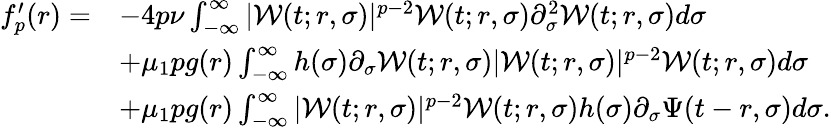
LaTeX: \begin{array}{rl}{f_{p}^{\prime}(r)=}&{-4p\nu\int_{-\infty}^{\infty}|\mathcal{W}(t;r,\sigma)|^{p-2}\mathcal{W}(t;r,\sigma)\partial_{\sigma}^{2}\mathcal{W}(t;r,\sigma)d\sigma}\\ &{+\mu_{1}pg(r)\int_{-\infty}^{\infty}h(\sigma)\partial_{\sigma}\mathcal{W}(t;r,\sigma)|\mathcal{W}(t;r,\sigma)|^{p-2}\mathcal{W}(t;r,\sigma)d\sigma}\\ &{+\mu_{1}pg(r)\int_{-\infty}^{\infty}|\mathcal{W}(t;r,\sigma)|^{p-2}\mathcal{W}(t;r,\sigma)h(\sigma)\partial_{\sigma}\Psi(t-r,\sigma)d\sigma.}\end{array}